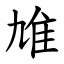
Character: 䧱